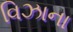
વિઝાના